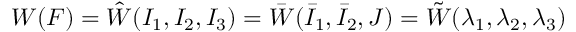
W ( { \boldsymbol { F } } ) = { \hat { W } } ( I _ { 1 } , I _ { 2 } , I _ { 3 } ) = { \bar { W } } ( { \bar { I } } _ { 1 } , { \bar { I } } _ { 2 } , J ) = { \tilde { W } } ( \lambda _ { 1 } , \lambda _ { 2 } , \lambda _ { 3 } )